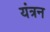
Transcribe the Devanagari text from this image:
यंत्रन